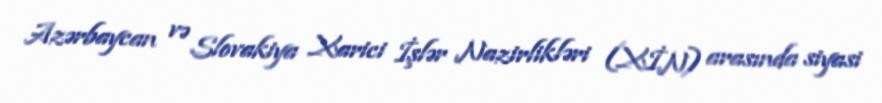
Azərbaycan və Slovakiya Xarici İşlər Nazirlikləri (XİN) arasında siyasi